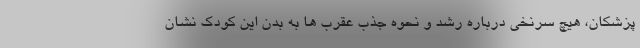
پزشکان، هیچ سرنخی درباره رشد و نحوه جذب عقرب ها به بدن این کودک نشان